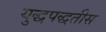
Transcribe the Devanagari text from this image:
युद्धपद्धतीस